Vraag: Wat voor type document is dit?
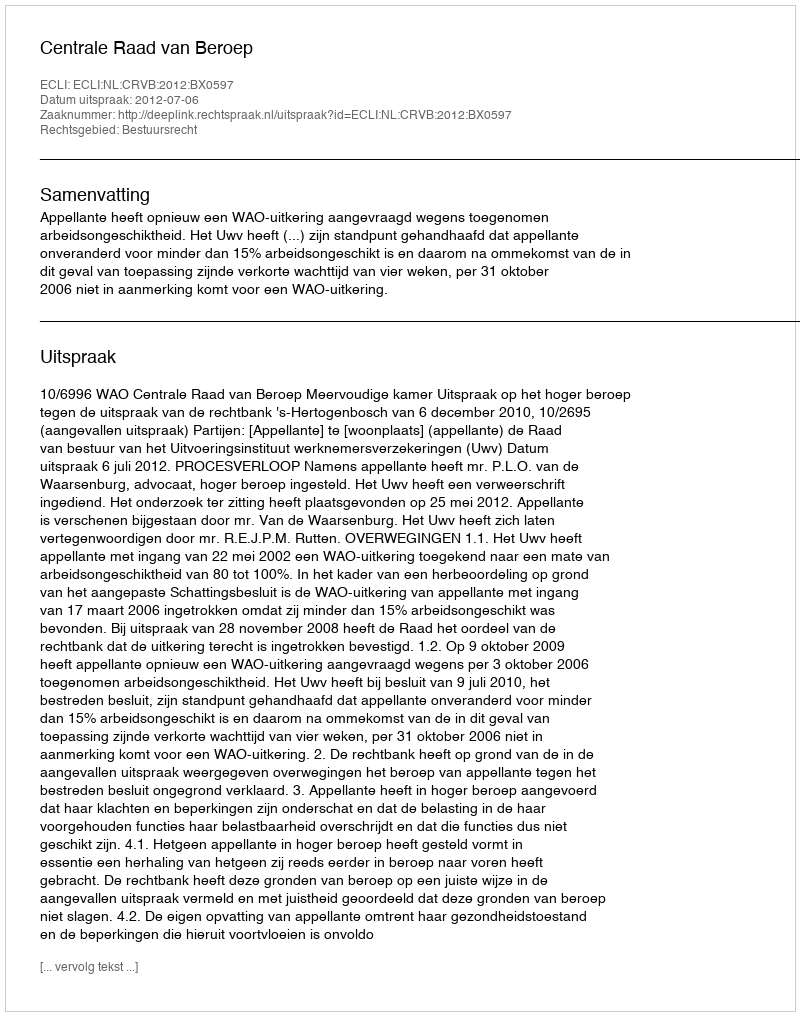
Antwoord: Uitspraak